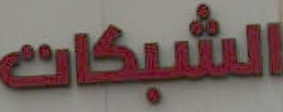
الشبكات